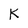
Character: K